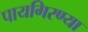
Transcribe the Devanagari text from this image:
पायगिरण्या